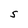
Character: S